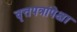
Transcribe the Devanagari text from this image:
वृत्तपत्रांपेक्षा